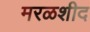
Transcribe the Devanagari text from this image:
मरळशीद